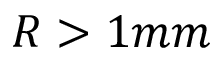
R > 1 m m